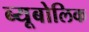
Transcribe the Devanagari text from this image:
ब्यूबोलिक